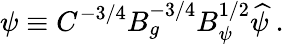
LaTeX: \psi\equiv C^{-3/4}B_{g}^{-3/4}B_{\psi}^{1/2}\widehat\psi\ .